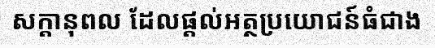
សក្តានុពល ដែលផ្តល់អត្ថប្រយោជន៍ធំជាង